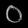
Digit: ၀